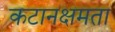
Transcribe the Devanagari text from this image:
कटानक्षमता